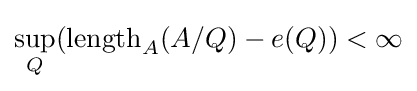
\sup _{Q}(\operatorname {length} _{A}(A/Q)-e(Q))<\infty